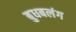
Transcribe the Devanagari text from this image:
बुधबलंग